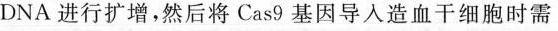
DNA进行扩增，然后将Cas9基因导入造血干细胞时需